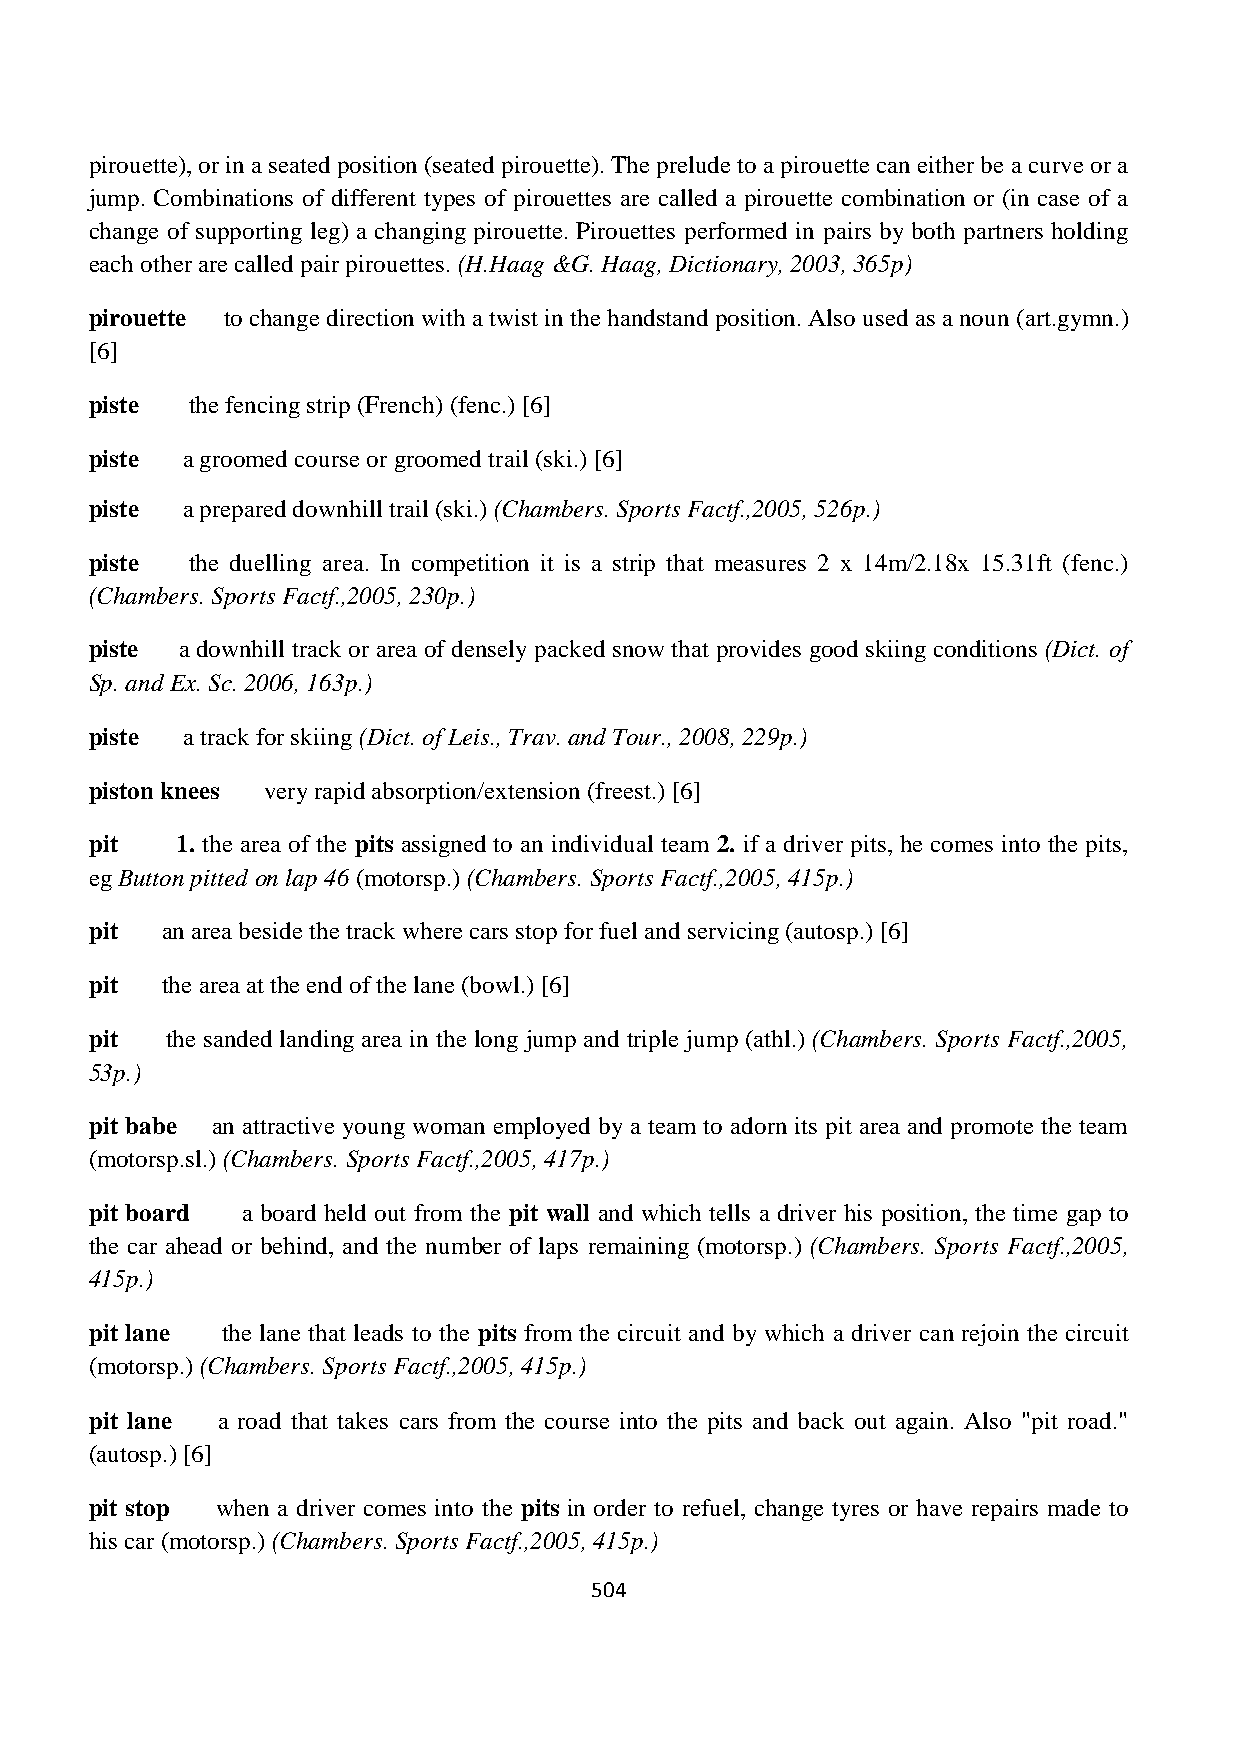
pirouette), or in a seated position (seated pirouette). The prelude to a pirouette can either be a curve or a
 jump. Combinations of different types of pirouettes are called a pirouette combination or (in case of a
 change of supporting leg) a changing pirouette. Pirouettes performed in pairs by both partners holding
 each other are called pair pirouettes. (H.Haag &G. Haag, Dictionary, 2003, 365p)
 pirouette to change direction with a twist in the handstand position. Also used as a noun (art.gymn.)
 [6]
 piste the fencing strip (French) (fenc.) [6]
 piste a groomed course or groomed trail (ski.) [6]
 piste a prepared downhill trail (ski.) (Chambers. Sports Factf.,2005, 526p.)
 piste  the duelling area. In competition it is a strip that measures 2 x 14m/2.18x 15.31ft (fenc.)
 (Chambers. Sports Factf.,2005, 230p.)
 piste a downhill track or area of densely packed snow that provides good skiing conditions (Dict. of
 Sp. and Ex. Sc. 2006, 163p.)
 piste a track for skiing (Dict. of Leis., Trav. and Tour., 2008, 229p.)
 piston knees very rapid absorption/extension (freest.) [6]
 pit   1. the area of the pits assigned to an individual team 2. if a driver pits, he comes into the pits,
 eg Button pitted on lap 46 (motorsp.) (Chambers. Sports Factf.,2005, 415p.)
 pit  an area beside the track where cars stop for fuel and servicing (autosp.) [6]
 pit  the area at the end of the lane (bowl.) [6]
 pit  the sanded landing area in the long jump and triple jump (athl.) (Chambers. Sports Factf.,2005,
 53p.)
 pit babe an attractive young woman employed by a team to adorn its pit area and promote the team
 (motorsp.sl.) (Chambers. Sports Factf.,2005, 417p.)
 pit board a board held out from the pit wall and which tells a driver his position, the time gap to
 the car ahead or behind, and the number of laps remaining (motorsp.) (Chambers. Sports Factf.,2005,
 415p.)
 pit lane the lane that leads to the pits from the circuit and by which a driver can rejoin the circuit
 (motorsp.) (Chambers. Sports Factf.,2005, 415p.)
 pit lane a road that takes cars from the course into the pits and back out again. Also "pit road."
 (autosp.) [6]
 pit stop when a driver comes into the pits in order to refuel, change tyres or have repairs made to
 his car (motorsp.) (Chambers. Sports Factf.,2005, 415p.)
 504